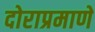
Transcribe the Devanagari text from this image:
दोराप्रमाणे